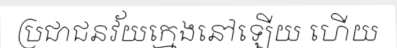
ប្រជាជនវ័យក្មេងនៅឡើយ ហើយ